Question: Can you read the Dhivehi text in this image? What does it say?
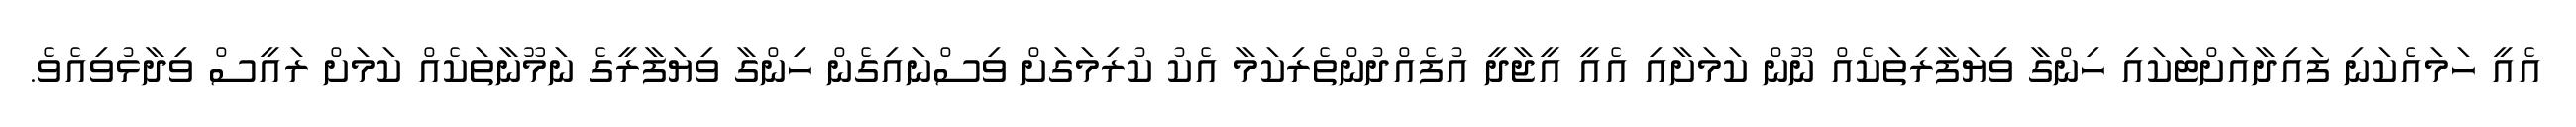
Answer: އެއީ ހަމައެކަނި ފައިދާއަށްޓަކައި ހިންގާ ވިޔަފާރިތަކެއް ނޫން ކަމަށާއި އެއީ އީޖާދީ އުފެއްދުންތެރިކަމާ އެކު ކުރިމަގަށް ވިސްނައިގެން ހިންގާ ވިޔަފާރީގެ ނަމޫނާތަކެއް ކަމަށް ރައީސް ވިދާޅުވިއެވެ.